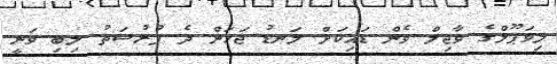
ލިވަޕޫލްގެ ވާޖިލް ވެން ޑައިކަށް ލަނޑު ޖަހަން ދެ ފުރުސަތު ލިބި ވަނީ